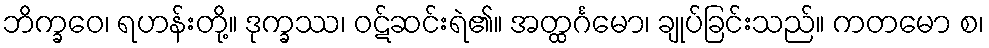
ဘိက္ခဝေ၊ ရဟန်းတို့။ ဒုက္ခဿ၊ ဝဋ်ဆင်းရဲ၏။ အတ္ထင်္ဂမော၊ ချုပ်ခြင်းသည်။ ကတမော စ၊